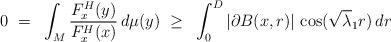
LaTeX: \begin{align*} 0~=~\int_M \frac{F^H_x(y)}{F^H_x(x)} \,d\mu(y)~\ge~\int_0^D |\partial B(x, r)|\, \cos(\sqrt\lambda_1 r) \,dr\end{align*}